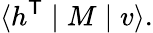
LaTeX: \langle h^{\mathsf{T}}\mid M\mid v\rangle.